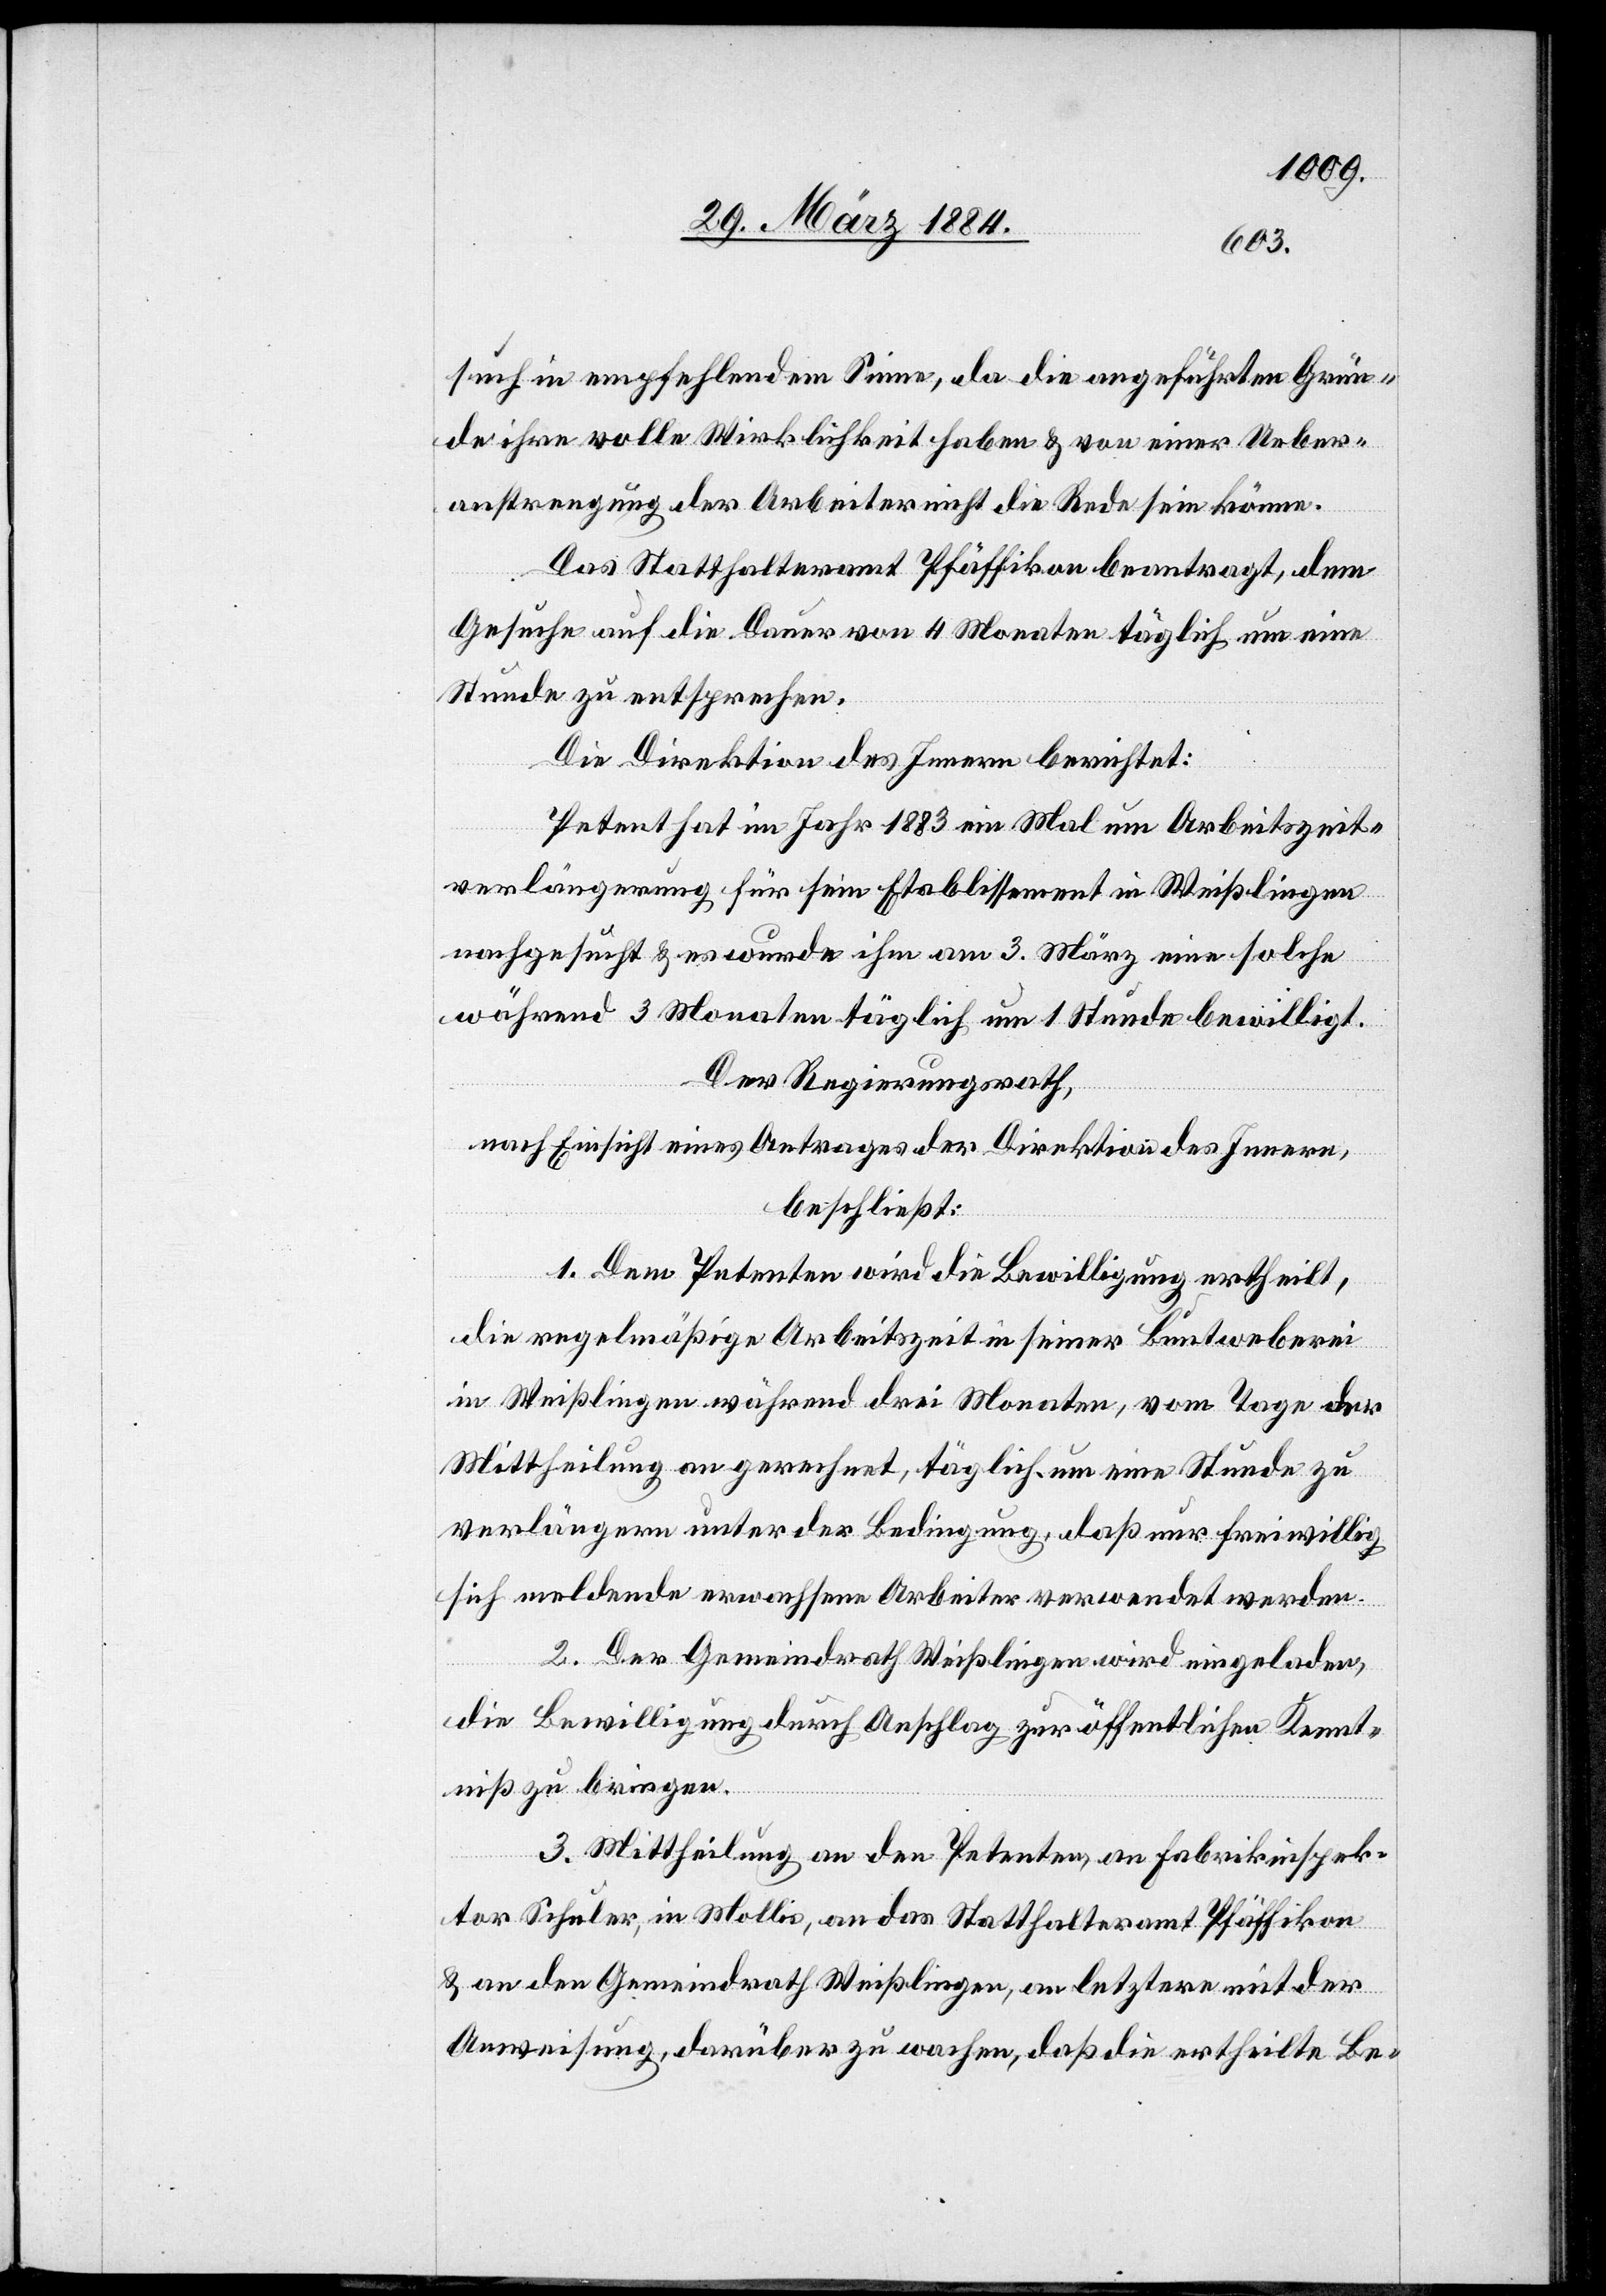
such in empfehlendem Sinne, da die angeführten Grün¬
de ihre volle Wirklichkeit haben & von einer Ueber¬
anstrengung der Arbeiter nicht die Rede sein könne.
Das Statthalteramt Pfäffikon beantragt, dem
Gesuche auf die Dauer von 4 Monaten täglich um eine
Stunde zu entsprechen.
Die Direktion des Innern berichtet:
Petent hat im Jahr 1883 ein Mal um Arbeitszeit¬
verlängerung für sein Etablissement in Weißlingen
nachgesucht & es wurde ihm am 3. März eine solche
während 3 Monaten täglich um 1 Stunde bewilligt.
Der Regierungsrath,
nach Einsicht eines Antrages der Direktion des Innern,
beschließt:
1. Dem Petenten wird die Bewilligung ertheilt,
die regelmäßige Arbeitszeit in seiner Buntweberei
in Weißlingen während drei Monaten, vom Tage der
Mittheilung an gerechnet, täglich um eine Stunde zu
verlängern unter der Bedingung, daß nur freiwillig
sich meldende erwachsene Arbeiter verwendet werden.
2. Der Gemeindrath Weißlingen wird eingeladen,
die Bewilligung durch Anschlag zur öffentlichen Kennt¬
niß zu bringen.
3. Mittheilung an den Petenten, an Fabrikinspek¬
tor Schuler, in Mollis, an das Statthalteramt Pfäffikon
& an den Gemeindrath Weißlingen, an letztere mit der
Anweisung, darüber zu wachen, daß die ertheilte Be-